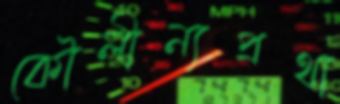
কৌলীন্যপ্রথা